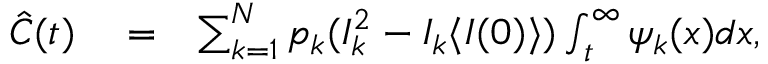
\begin{array} { r l r } { \hat { C } ( t ) } & { { } = } & { \sum _ { k = 1 } ^ { N } p _ { k } ( I _ { k } ^ { 2 } - I _ { k } \langle I ( 0 ) \rangle ) \int _ { t } ^ { \infty } \psi _ { k } ( x ) d x , } \end{array}